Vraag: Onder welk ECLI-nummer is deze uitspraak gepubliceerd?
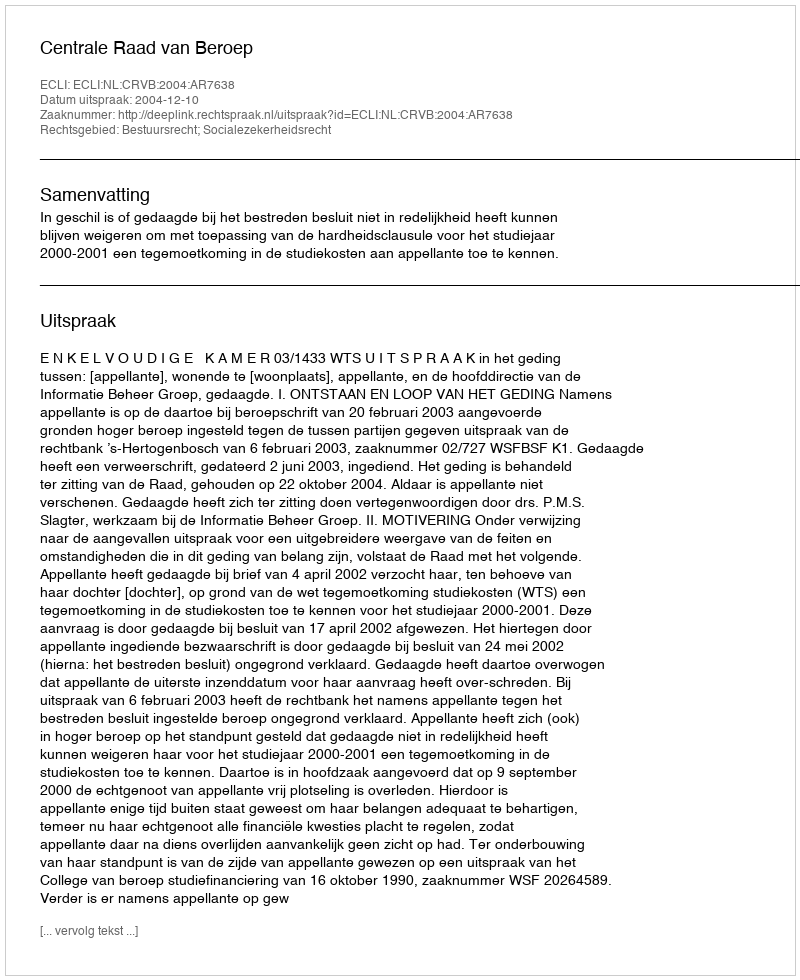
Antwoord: ECLI:NL:CRVB:2004:AR7638